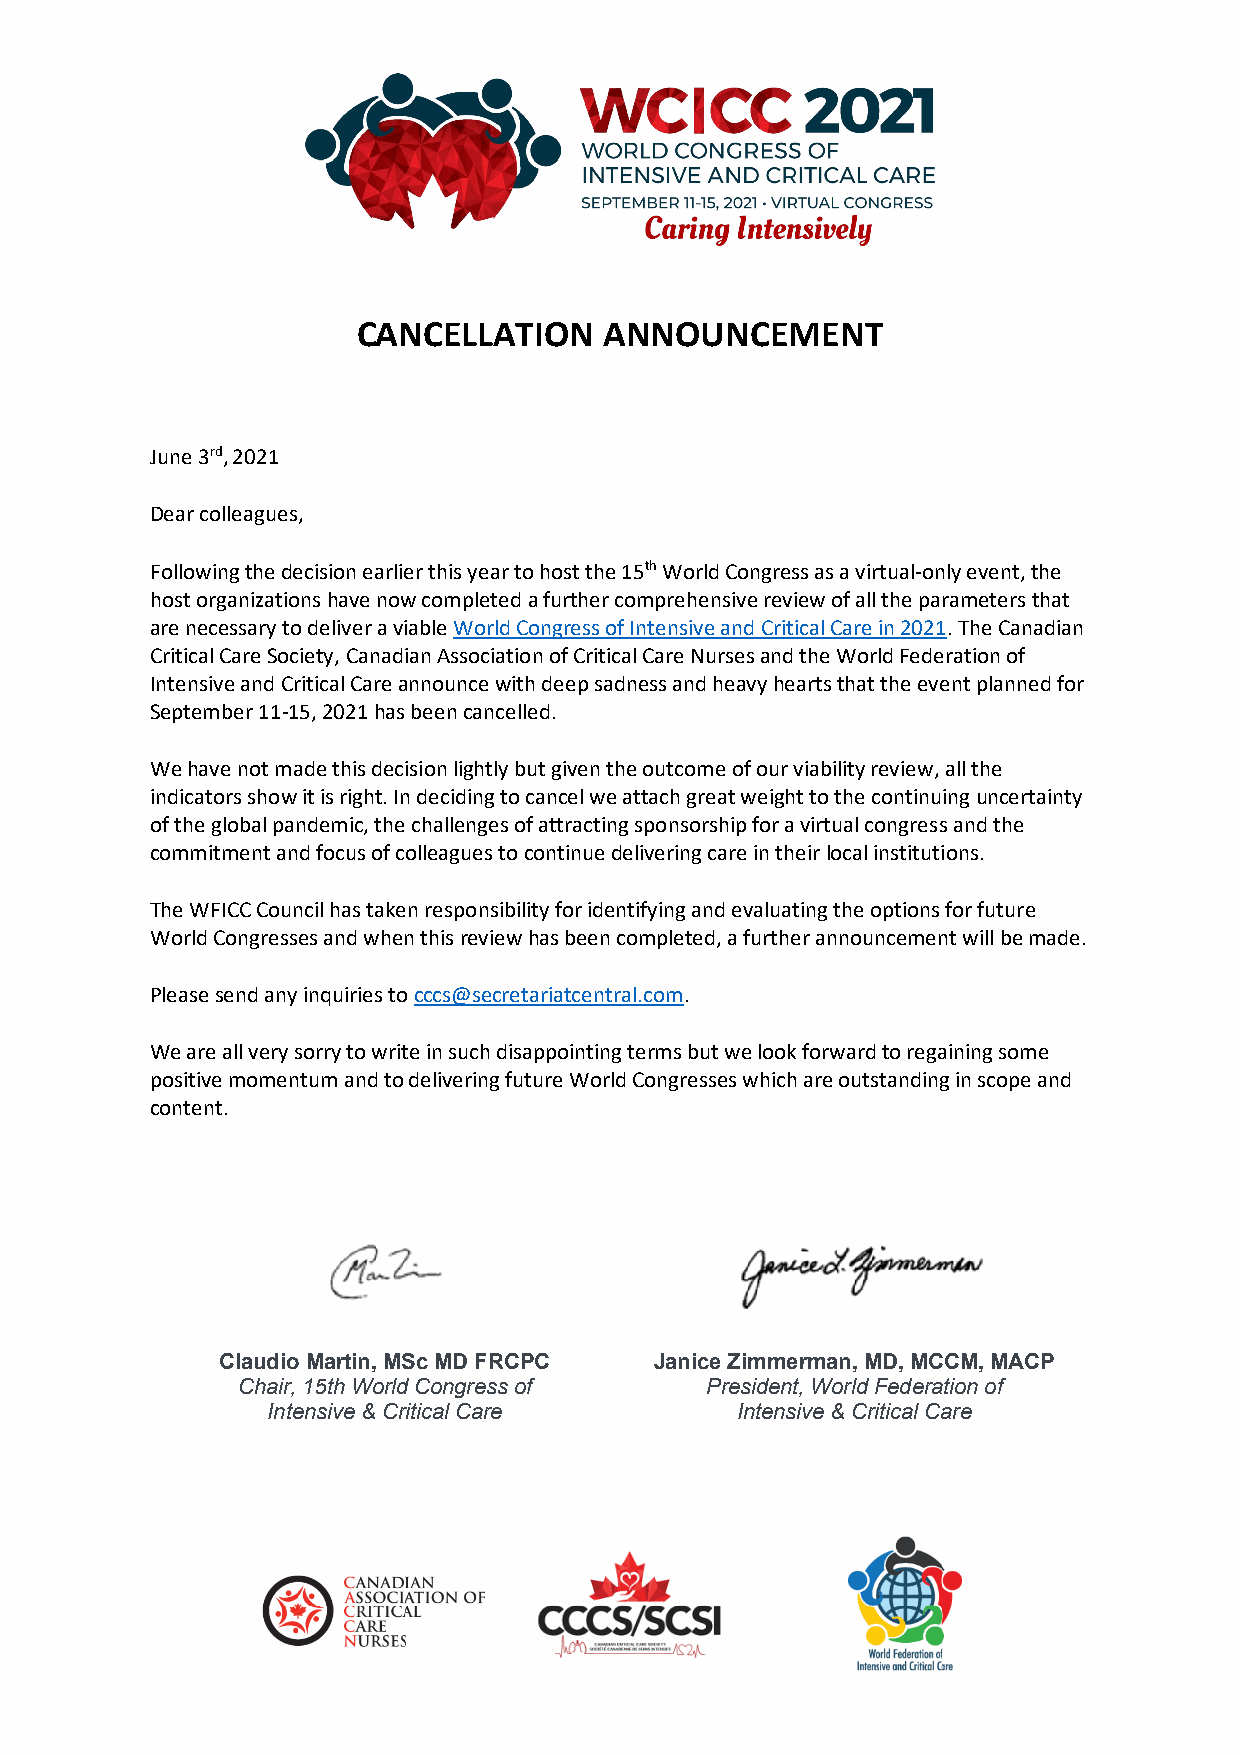
CANCELLATION    ANNOUNCEMENT
 June 3rd, 2021
 Dear colleagues,
 Following the decision earlier this year to host the 15th World Congress as a virtual-only event, the
 host organizations have now completed a further comprehensive review of all the parameters that
 are necessary to deliver a viable World Congress of Intensive and Critical Care in 2021. The Canadian
 Critical Care Society, Canadian Association of Critical Care Nurses and the World Federation of
 Intensive and Critical Care announce with deep sadness and heavy hearts that the event planned for
 September 11-15, 2021 has been cancelled.
 We have not made this decision lightly but given the outcome of our viability review, all the
 indicators show it is right. In deciding to cancel we attach great weight to the continuing uncertainty
 of the global pandemic, the challenges of attracting sponsorship for a virtual congress and the
 commitment and focus of colleagues to continue delivering care in their local institutions.
 The WFICC Council has taken responsibility for identifying and evaluating the options for future
 World Congresses and when this review has been completed, a further announcement will be made.
 Please send any inquiries to cccs@secretariatcentral.com.
 We are all very sorry to write in such disappointing terms but we look forward to regaining some
 positive momentum and to delivering future World Congresses which are outstanding in scope and
 content.
 Claudio Martin, MSc MD FRCPC Janice Zimmerman, MD, MCCM, MACP
 Chair, 15th World Congress of  President, World Federation of
 Intensive & Critical Care      Intensive & Critical Care